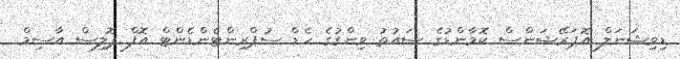
ޑިވިޝަނަލް އޮޕަރޭޝަންސް ކޮމާންޑުގެ ސައުތު ވިންގުގެ ހެޑް ސުޕްރިންޓެންޑެންޓް އޮފް ޕޮލިސް އާސިމް